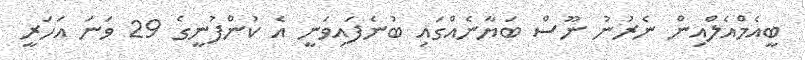
ބީއެމްއެލްއިން ނެރުނު ނޫސް ބަޔާނެއްގައި ބުނެފައިވަނީ އެ ކުންފުނީގެ 29 ވަނަ އަހަރީ